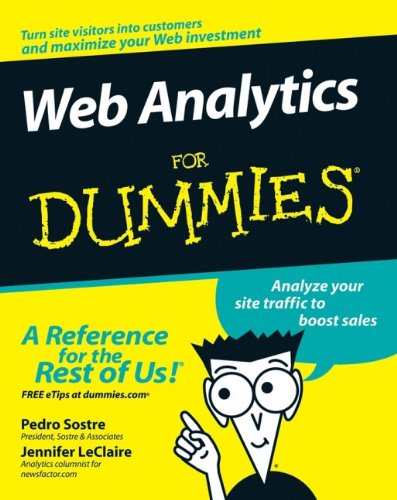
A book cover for Web Analytics For Dummies; Pedro Sostre; Computers & Technology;